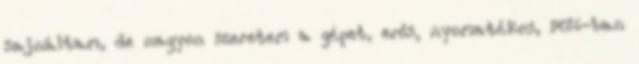
sajnáltam, de nagyon szeretem a gépet, erős, nyomatékos, 90%-ban